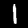
Digit: 1